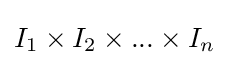
I_{1}\times I_{2}\times ...\times I_{n}